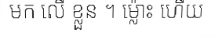
មក លើ ខ្លួន ។ ម្ល៉ោះ ហើយ